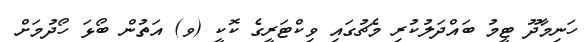
ހަނިމާދޫ ޓީމު ބައްދަލުކުރި މެޗުގައި ވިކްޓަރީގެ ކޮކީ (ވ) އަތުން ބޯޅަ ހޯދުމަށް